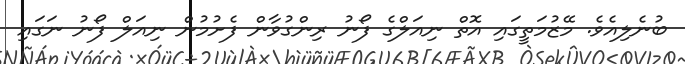
ބުނެލިއެވެ. މޭޒުމަތީގައި އޮތް ނިއަލްގެ ފޯނު ރިންގުވާން ފެށުމުން ނިއަލް ފޯނު ނަގައި